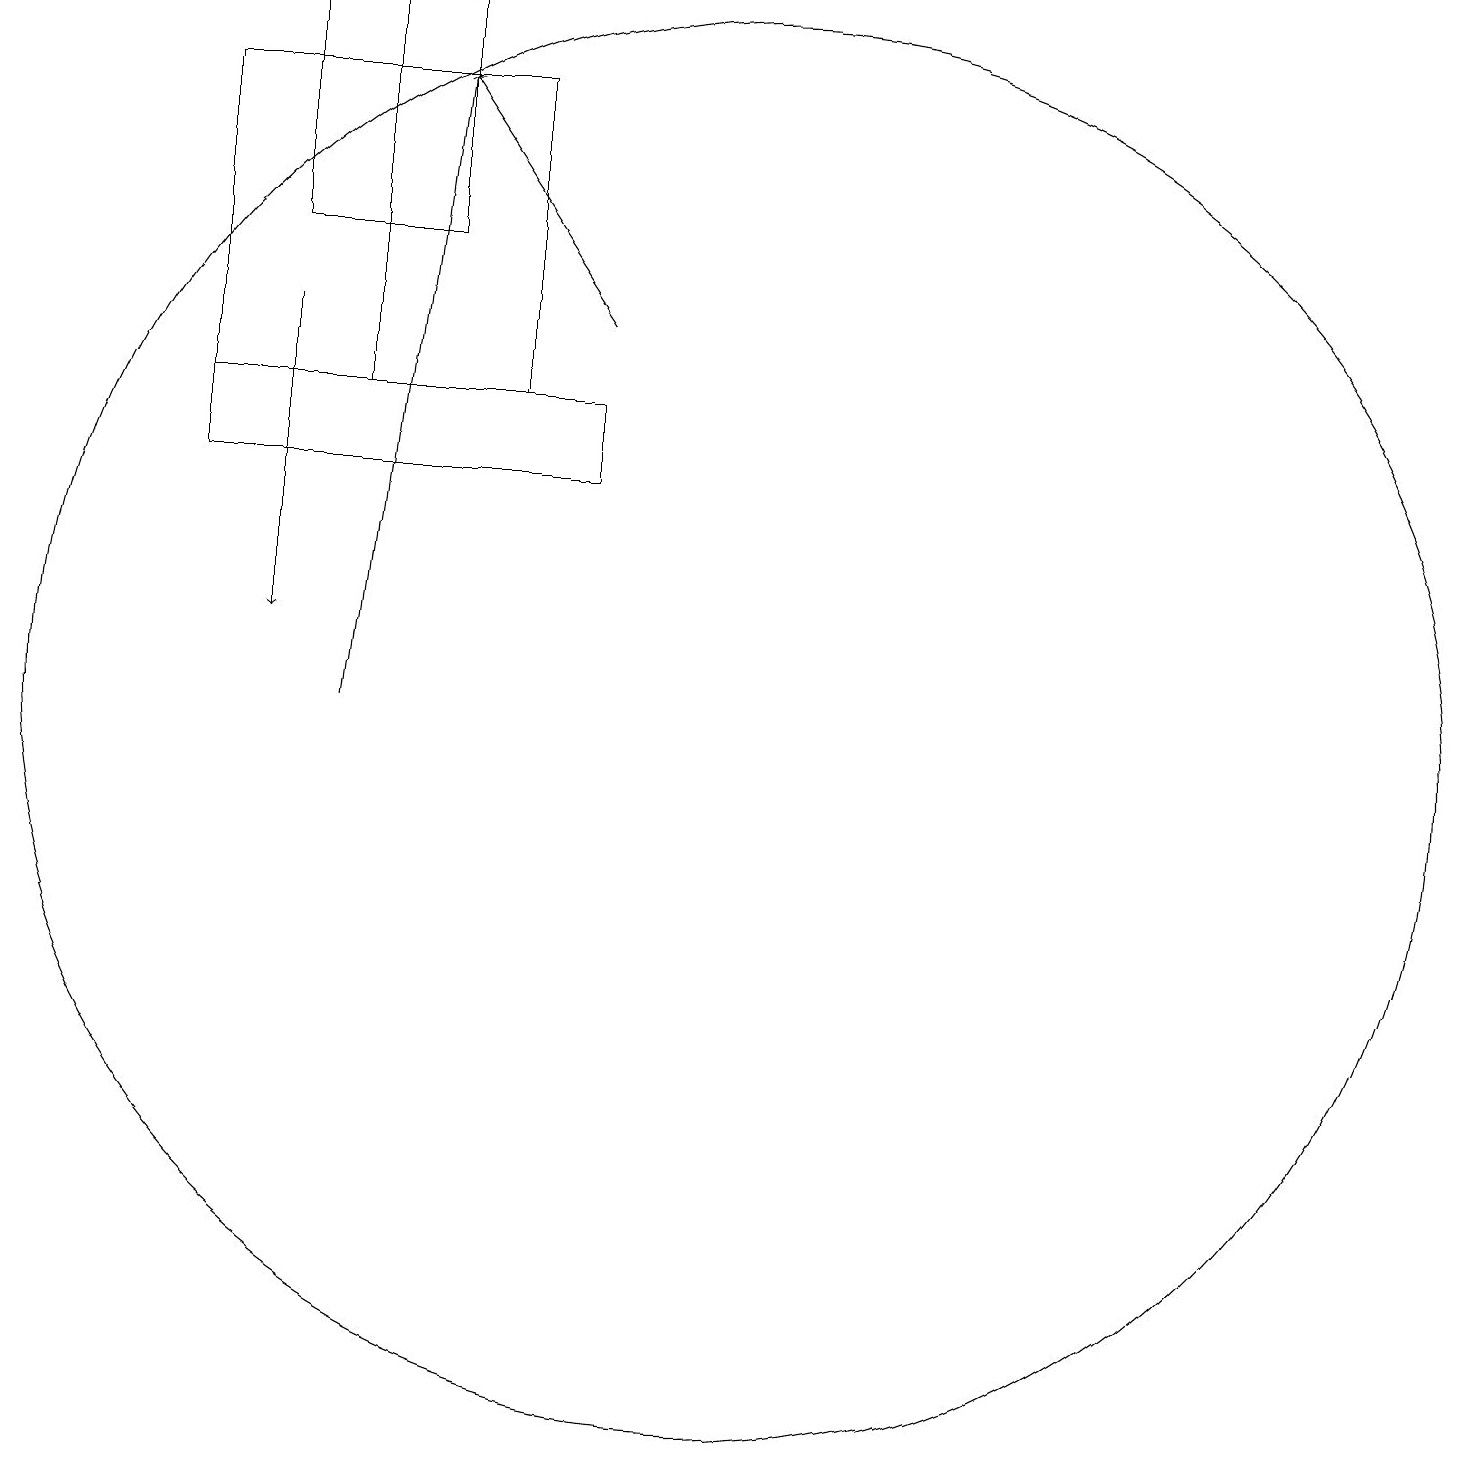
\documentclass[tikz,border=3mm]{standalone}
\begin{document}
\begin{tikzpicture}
\draw (8,14) rectangle (4,18);
\draw (6,19) rectangle (6,14);
\draw[->] (9,15) -- (7,18);
\draw (11,10) circle (9);
\draw (7,19) rectangle (5,16);
\draw[->] (6,10) -- (7,18);
\draw (4,14) rectangle (9,13);
\draw[->] (5,15) -- (5,11);
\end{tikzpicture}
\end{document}